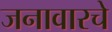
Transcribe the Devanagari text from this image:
जनावारचे